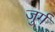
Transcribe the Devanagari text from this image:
जुर्ग